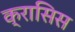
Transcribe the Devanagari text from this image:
क्रासिस